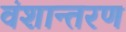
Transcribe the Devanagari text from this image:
वंशान्तरण